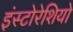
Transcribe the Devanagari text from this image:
इंस्टोरेशियो